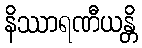
နိဿာရဏီယန္တိ